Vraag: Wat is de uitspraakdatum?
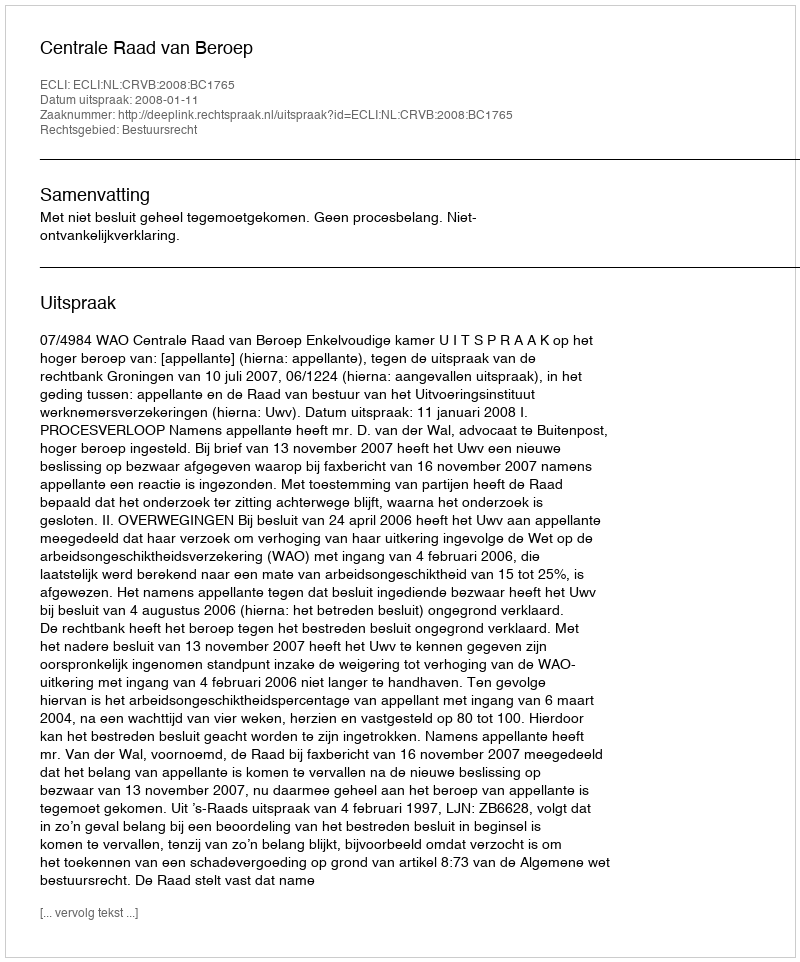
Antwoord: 2008-01-11